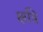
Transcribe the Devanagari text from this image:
क्षत्रि